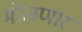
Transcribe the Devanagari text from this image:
मोजणार